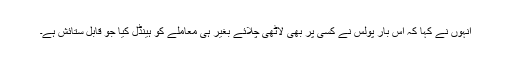
انہوں نے کہا کہ اس بار پولس نے کسی پر بھی لاٹھی چلائے بغیر ہی معاملے کو ہینڈل کیا جو قابل ستائش ہے۔